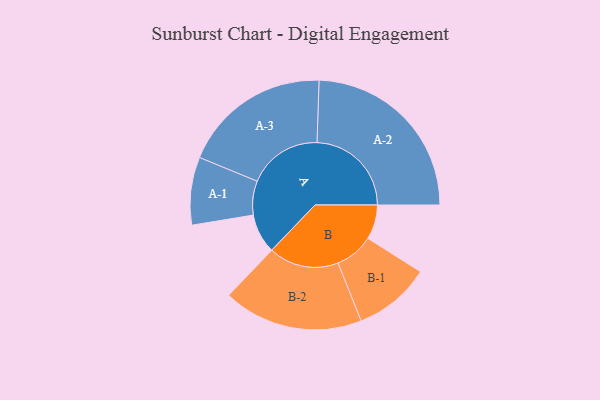
{"axis": {"x": "Segment", "y": "Value"}, "legend": ["", "A", "B"], "data": [{"x": "A", "y": 119, "type": ""}, {"x": "B", "y": 104, "type": ""}, {"x": "A-1", "y": 102, "type": "A"}, {"x": "A-2", "y": 284, "type": "A"}, {"x": "A-3", "y": 224, "type": "A"}, {"x": "B-1", "y": 116, "type": "B"}, {"x": "B-2", "y": 211, "type": "B"}]}